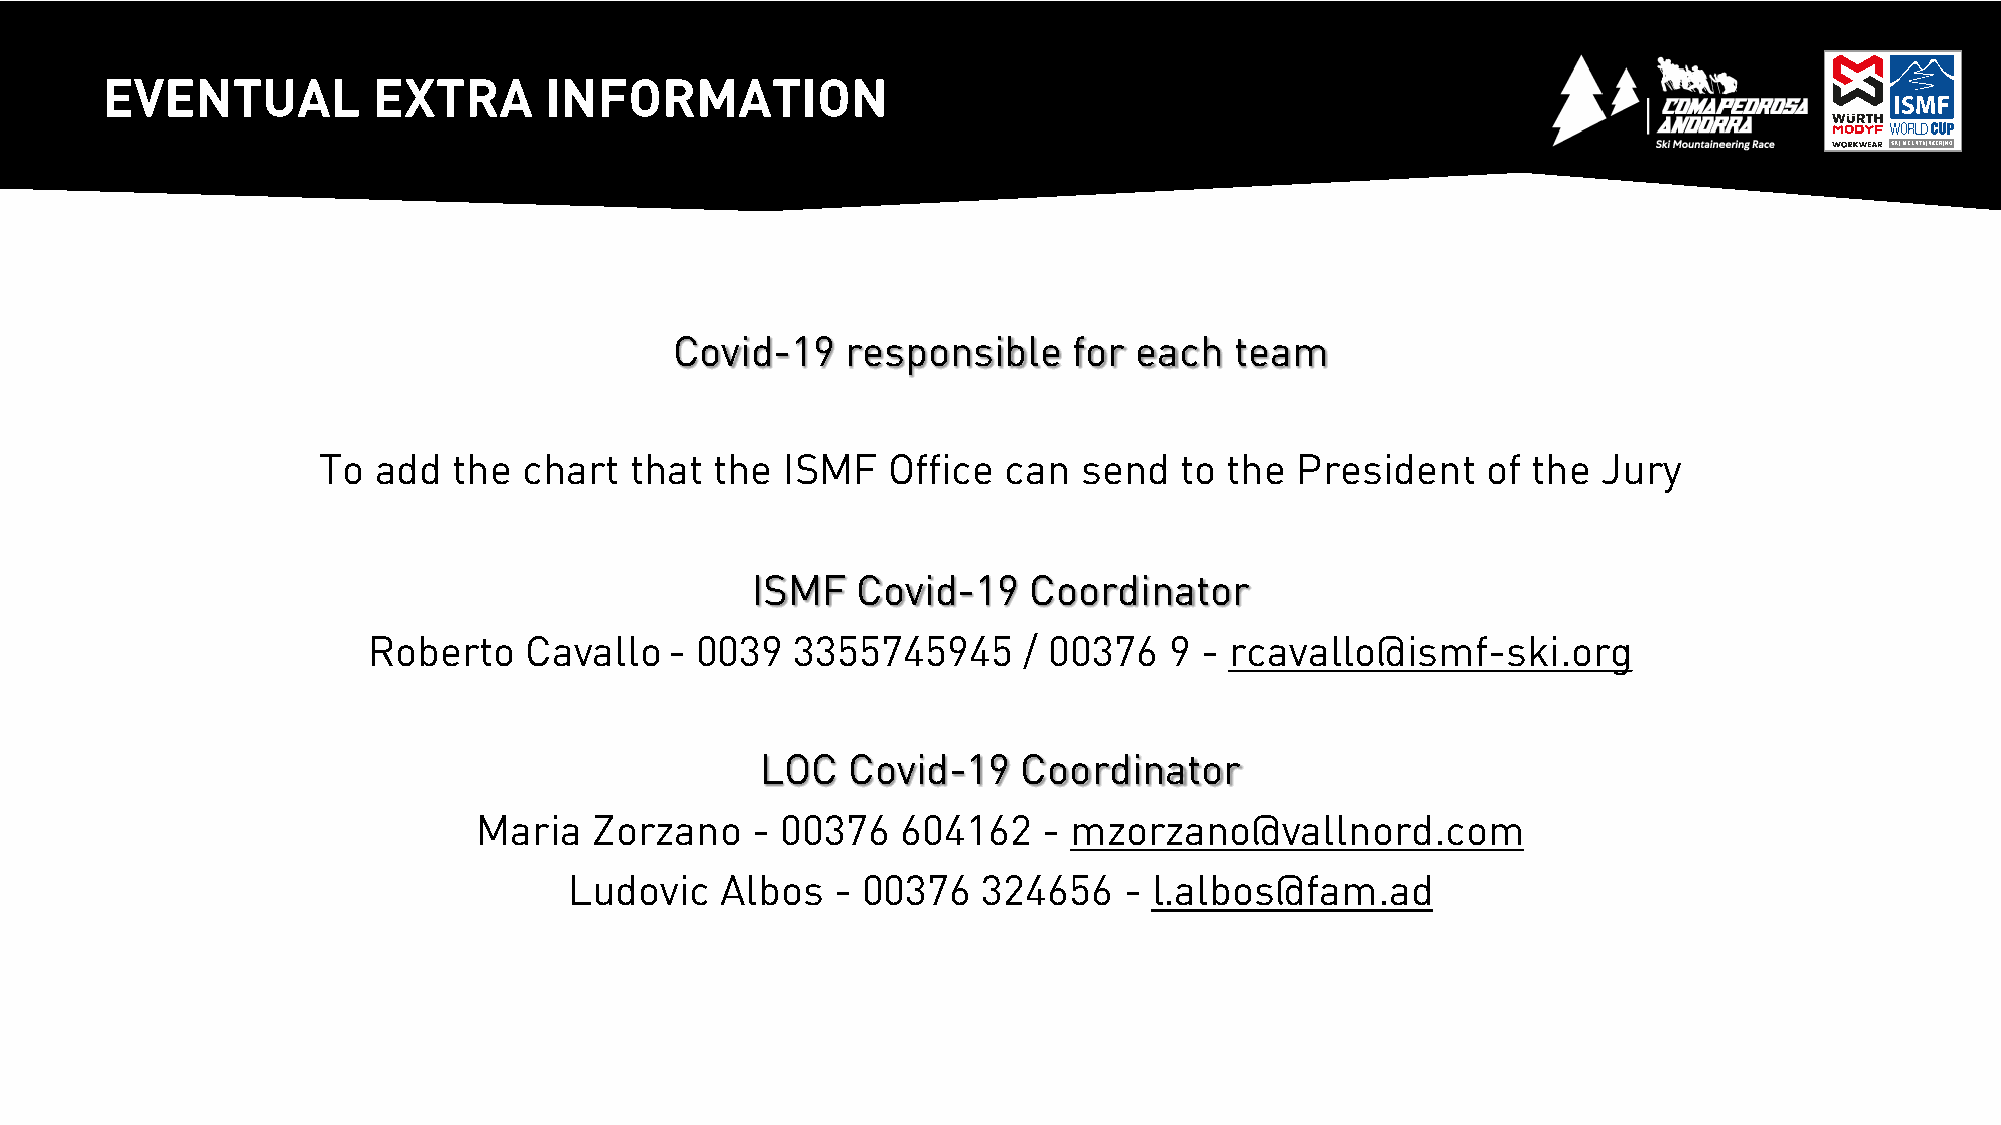
2
 7
 EVENTUAL          EXTRA      INFORMATION
 Covid-19   responsible    for each   team
 To  add  the  chart  that the  ISMF   Office can   send  to the  President   of the  Jury
 ISMF   Covid-19   Coordinator
 Roberto    Cavallo-   0039   3355745945     / 00376  9 - rcavallo@ismf-ski.org
 LOC   Covid-19    Coordinator
 Maria  Zorzano    - 00376   604162   - mzorzano@vallnord.com
 Ludovic   Albos  - 00376   324656   - l.albos@fam.ad